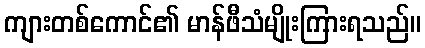
ကျားတစ်ကောင်၏ မာန်ဖီသံမျိုးကြားရသည်။